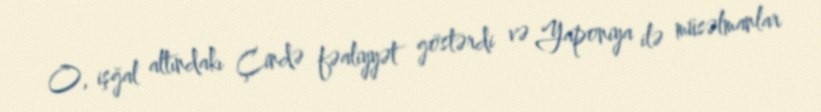
O, işğal altındakı Çində fəaliyyət göstərdi və Yaponiya ilə müsəlmanlar